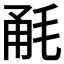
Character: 𣭲